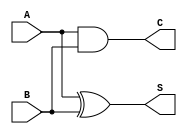
module half_adder (
    input A,
    input B,
    output S,
    output C
);

assign S = A ^ B; // bitwise XOR operation gives the sum
assign C = A & B; // bitwise AND operation gives the carry

endmodule